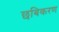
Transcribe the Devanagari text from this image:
छबिकरण